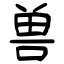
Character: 兽